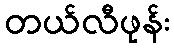
တယ်လီဖုန်း